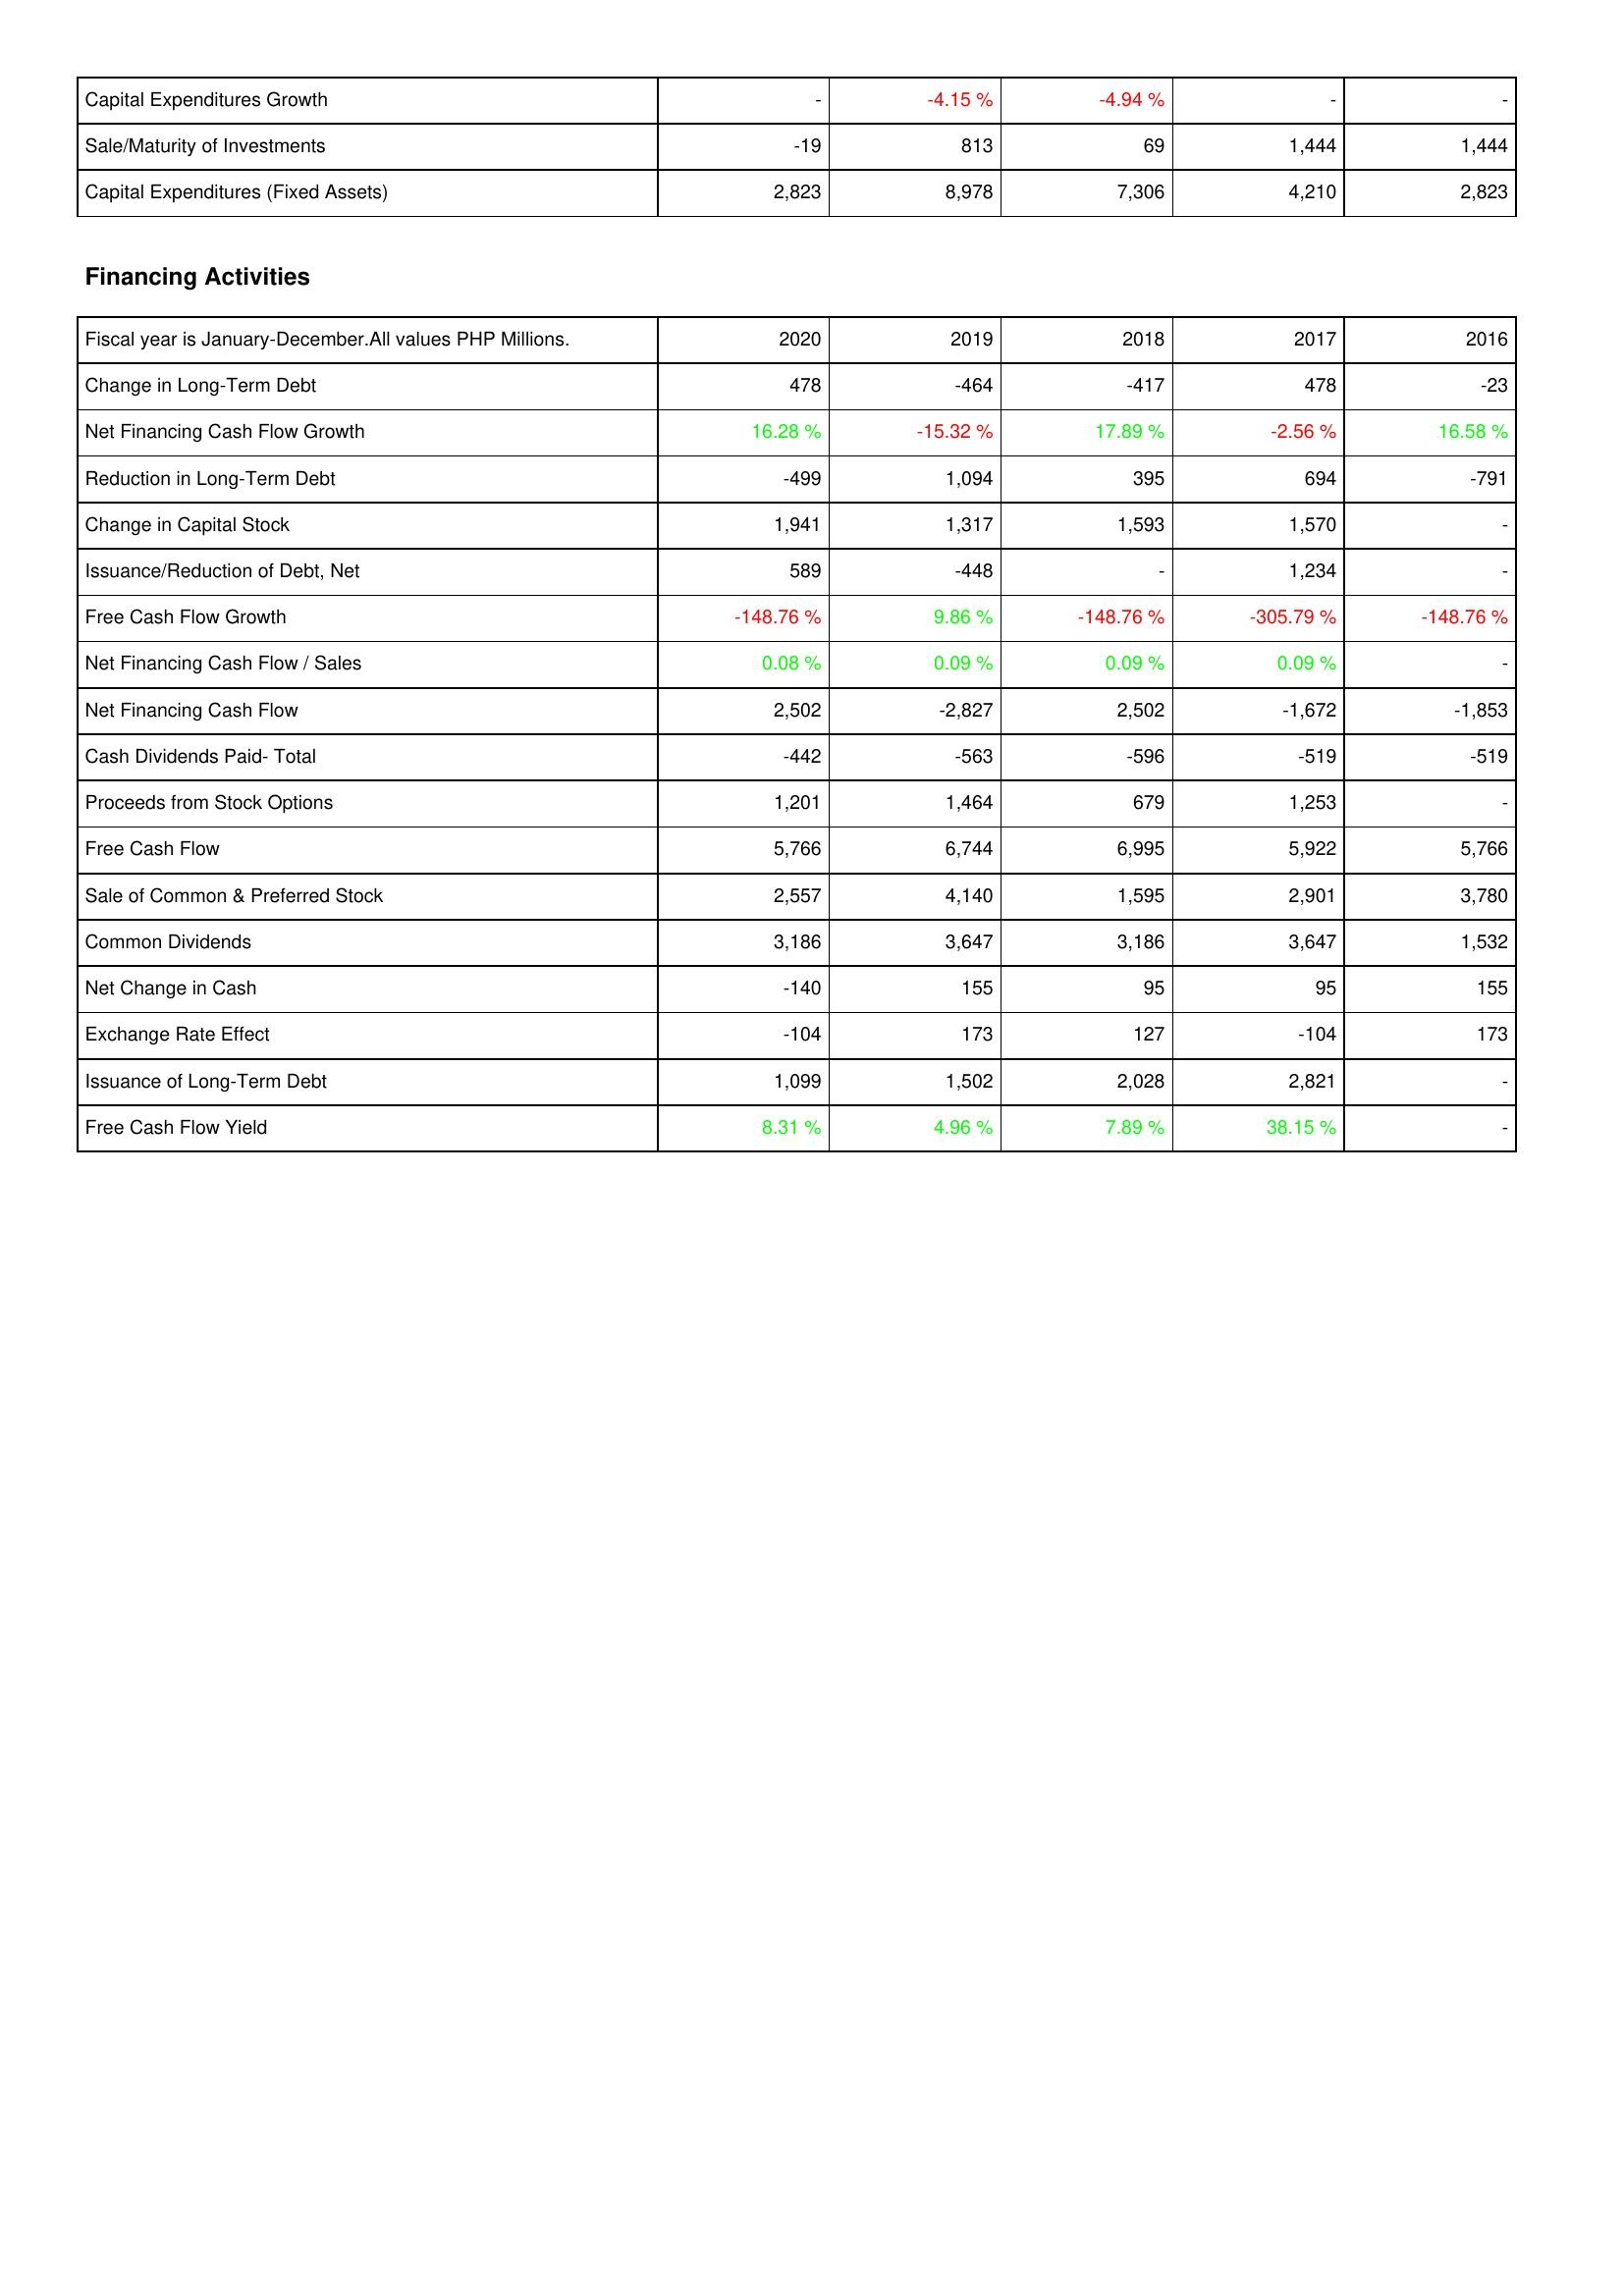
2020: Investing Activities: Capital Expenditures Growth: -
Sale/Maturity of Investments: -19
Capital Expenditures (Fixed Assets): 2,823
Financing Activities: Change in Long-Term Debt: 478
Net Financing Cash Flow Growth: 16.28 %
Reduction in Long-Term Debt: -499
Change in Capital Stock: 1,941
Issuance/Reduction of Debt, Net: 589
Free Cash Flow Growth: -148.76 %
Net Financing Cash Flow / Sales: 0.08 %
Net Financing Cash Flow: 2,502
Cash Dividends Paid- Total: -442
Proceeds from Stock Options: 1,201
Free Cash Flow: 5,766
Sale of Common & Preferred Stock: 2,557
Common Dividends: 3,186
Net Change in Cash: -140
Exchange Rate Effect: -104
Issuance of Long-Term Debt: 1,099
Free Cash Flow Yield: 8.31 %
2019: Investing Activities: Capital Expenditures Growth: -4.15 %
Sale/Maturity of Investments: 813
Capital Expenditures (Fixed Assets): 8,978
Financing Activities: Change in Long-Term Debt: -464
Net Financing Cash Flow Growth: -15.32 %
Reduction in Long-Term Debt: 1,094
Change in Capital Stock: 1,317
Issuance/Reduction of Debt, Net: -448
Free Cash Flow Growth: 9.86 %
Net Financing Cash Flow / Sales: 0.09 %
Net Financing Cash Flow: -2,827
Cash Dividends Paid- Total: -563
Proceeds from Stock Options: 1,464
Free Cash Flow: 6,744
Sale of Common & Preferred Stock: 4,140
Common Dividends: 3,647
Net Change in Cash: 155
Exchange Rate Effect: 173
Issuance of Long-Term Debt: 1,502
Free Cash Flow Yield: 4.96 %
2018: Investing Activities: Capital Expenditures Growth: -4.94 %
Sale/Maturity of Investments: 69
Capital Expenditures (Fixed Assets): 7,306
Financing Activities: Change in Long-Term Debt: -417
Net Financing Cash Flow Growth: 17.89 %
Reduction in Long-Term Debt: 395
Change in Capital Stock: 1,593
Issuance/Reduction of Debt, Net: -
Free Cash Flow Growth: -148.76 %
Net Financing Cash Flow / Sales: 0.09 %
Net Financing Cash Flow: 2,502
Cash Dividends Paid- Total: -596
Proceeds from Stock Options: 679
Free Cash Flow: 6,995
Sale of Common & Preferred Stock: 1,595
Common Dividends: 3,186
Net Change in Cash: 95
Exchange Rate Effect: 127
Issuance of Long-Term Debt: 2,028
Free Cash Flow Yield: 7.89 %
2017: Investing Activities: Capital Expenditures Growth: -
Sale/Maturity of Investments: 1,444
Capital Expenditures (Fixed Assets): 4,210
Financing Activities: Change in Long-Term Debt: 478
Net Financing Cash Flow Growth: -2.56 %
Reduction in Long-Term Debt: 694
Change in Capital Stock: 1,570
Issuance/Reduction of Debt, Net: 1,234
Free Cash Flow Growth: -305.79 %
Net Financing Cash Flow / Sales: 0.09 %
Net Financing Cash Flow: -1,672
Cash Dividends Paid- Total: -519
Proceeds from Stock Options: 1,253
Free Cash Flow: 5,922
Sale of Common & Preferred Stock: 2,901
Common Dividends: 3,647
Net Change in Cash: 95
Exchange Rate Effect: -104
Issuance of Long-Term Debt: 2,821
Free Cash Flow Yield: 38.15 %
2016: Investing Activities: Capital Expenditures Growth: -
Sale/Maturity of Investments: 1,444
Capital Expenditures (Fixed Assets): 2,823
Financing Activities: Change in Long-Term Debt: -23
Net Financing Cash Flow Growth: 16.58 %
Reduction in Long-Term Debt: -791
Change in Capital Stock: -
Issuance/Reduction of Debt, Net: -
Free Cash Flow Growth: -148.76 %
Net Financing Cash Flow / Sales: -
Net Financing Cash Flow: -1,853
Cash Dividends Paid- Total: -519
Proceeds from Stock Options: -
Free Cash Flow: 5,766
Sale of Common & Preferred Stock: 3,780
Common Dividends: 1,532
Net Change in Cash: 155
Exchange Rate Effect: 173
Issuance of Long-Term Debt: -
Free Cash Flow Yield: -